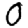
Digit: 0